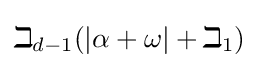
\beth _{d-1}(|\alpha +\omega |+\beth _{1})